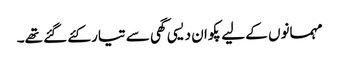
مہمانوں کے لیے پکوان دیسی گھی سے تیار کئے گئے تھے۔